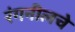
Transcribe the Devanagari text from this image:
रंगनीलचे